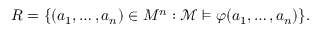
R = \{ ( a _ { 1 } , \ldots , a _ { n } ) \in M ^ { n } : { \mathcal { M } } \vDash \varphi ( a _ { 1 } , \ldots , a _ { n } ) \} .